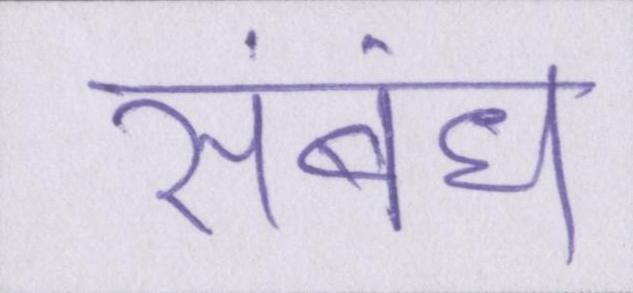
संबंध